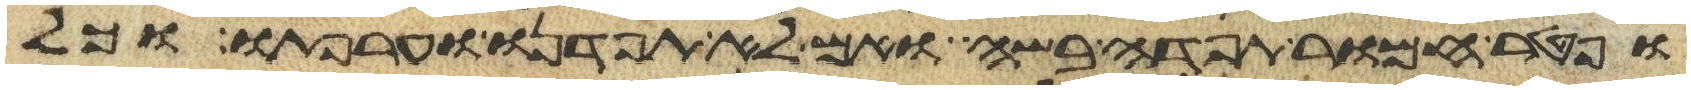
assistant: ופטר חמור תפדה בשה ואם לא תפדנו וערפתו וכל